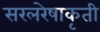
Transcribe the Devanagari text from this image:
सरलरेषाकृती